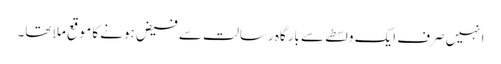
انہیں صرف ایک واسطے سے بارگاہ رسالت سے فیض ہونے کا موقع ملا تھا۔